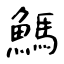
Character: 鰢